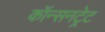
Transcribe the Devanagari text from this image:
कॉन्सनट्रेट